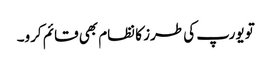
تو یورپ کی طرز کا نظام بھی قائم کرو۔